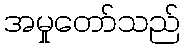
အမှုတော်သည်